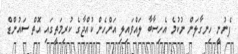
ފެނުނީ ހިނގާލަން ނުކުމެ އެހިސާބާ ލައްވައިލި އަންހެން ކުއްޖާގެ ކުރިމަތީގައި އޮތް ސައުންޑް